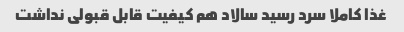
غذا کاملا سرد رسید سالاد هم کیفیت قابل قبولی نداشت